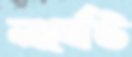
লর্বেট